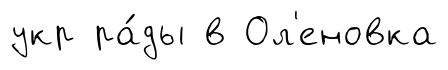
укр ра́ды в Ол'еновка